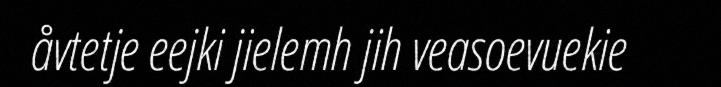
åvtetje eejki jielemh jih veasoevuekie